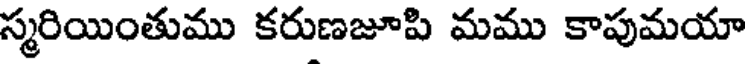
స్మరియింతుము కరుణజూపి మము కాపుమయా